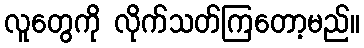
လူတွေကို လိုက်သတ်ကြတော့မည်။